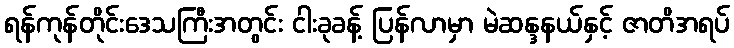
ရန်ကုန်တိုင်းဒေသကြီးအတွင်း ငါးခုခန့် ပြန်လာမှာ မဲဆန္ဒနယ်နှင့် ဇာတိအရပ်